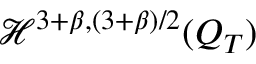
\mathcal { H } ^ { 3 + \beta , ( 3 + \beta ) / 2 } ( Q _ { T } )